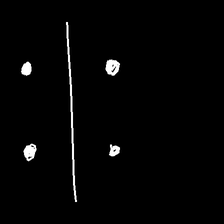
Glyph: cool